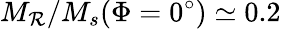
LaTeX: M_{\mathcal{R}}/M_{s}(\Phi=0^{\circ})\simeq0.2